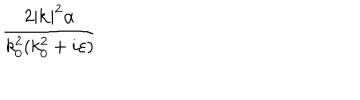
LaTeX: \frac { 2 | \mathbf { k } | ^ { 2 } \alpha } { k _ { 0 } ^ { 2 } ( k _ { 0 } ^ { 2 } + i \varepsilon ) }